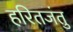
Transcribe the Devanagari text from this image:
हरितजंतु